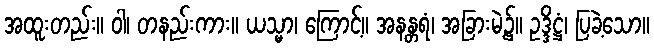
အထူးတည်း။ ဝါ၊ တနည်းကား။ ယသ္မာ၊ ကြောင့်။ အနန္တရံ၊ အခြားမဲ့၌။ ဥဒ္ဒိဋ္ဌံ၊ ပြခဲ့သော။